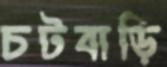
চটবাড়ি